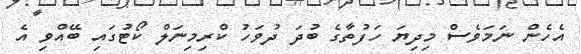
އެހެން ނަމަވެސް މިދިޔަ ހަފުތާގެ ބުދަ ދުވަހު ކްރިމިނަލް ކޯޓުގައި ބޭއްވި އެ